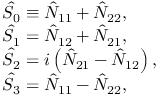
\begin{array} { r l } & { \hat { \cal S } _ { 0 } \equiv \hat { \cal N } _ { 1 1 } + \hat { \cal N } _ { 2 2 } , } \\ & { \hat { \cal S } _ { 1 } = \hat { \cal N } _ { 1 2 } + \hat { \cal N } _ { 2 1 } , } \\ & { \hat { \cal S } _ { 2 } = i \left( \hat { \cal N } _ { 2 1 } - \hat { \cal N } _ { 1 2 } \right) , } \\ & { \hat { \cal S } _ { 3 } = \hat { \cal N } _ { 1 1 } - \hat { \cal N } _ { 2 2 } , } \end{array}